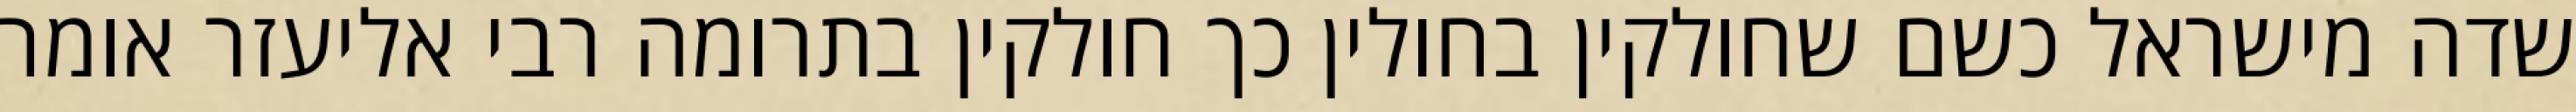
שדה מישראל כשם שחולקין בחולין כך חולקין בתרומה רבי אליעזר אומר